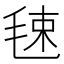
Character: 𣭴